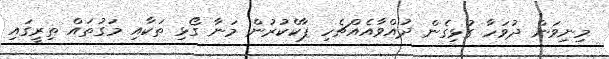
މިނިވަން ދުވަހާ ގުޅިގެން ދުއްވާއެއްޗެހި ޕާކްކުރުން މަނާ ގޯޅި ތަކާއި މަގުތައް ތިރީގައި